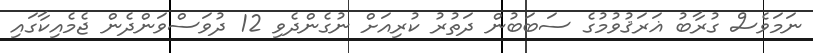
ނަމަވެސް ގުރާބު ޣަރަޤުވުމުގެ ސަބަބުން ދަތުރު ކުރިއަށް ނުގެންދެވި 12 ދުވަސްވަންދެން ޖެމެއިކާގައި